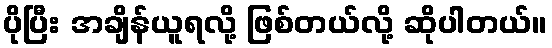
ပိုပြီး အချိန်ယူရလို့ ဖြစ်တယ်လို့ ဆိုပါတယ်။